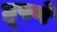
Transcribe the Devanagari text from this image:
ग्रूपणे